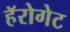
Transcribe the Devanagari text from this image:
हॅरोगेट